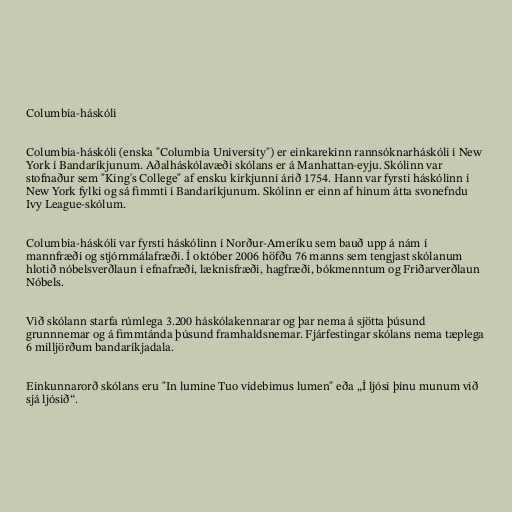
Columbia-háskóli

Columbia-háskóli (enska "Columbia University") er einkarekinn rannsóknarháskóli í New
York í Bandaríkjunum. Aðalháskólavæði skólans er á Manhattan-eyju. Skólinn var
stofnaður sem "King's College" af ensku kirkjunni árið 1754. Hann var fyrsti háskólinn í
New York fylki og sá fimmti í Bandaríkjunum. Skólinn er einn af hinum átta svonefndu
Ivy League-skólum.

Columbia-háskóli var fyrsti háskólinn í Norður-Ameríku sem bauð upp á nám í
mannfræði og stjórnmálafræði. Í október 2006 höfðu 76 manns sem tengjast skólanum
hlotið nóbelsverðlaun í efnafræði, læknisfræði, hagfræði, bókmenntum og Friðarverðlaun
Nóbels.

Við skólann starfa rúmlega 3.200 háskólakennarar og þar nema á sjötta þúsund
grunnnemar og á fimmtánda þúsund framhaldsnemar. Fjárfestingar skólans nema tæplega
6 milljörðum bandaríkjadala.

Einkunnarorð skólans eru "In lumine Tuo videbimus lumen" eða „Í ljósi þínu munum við
sjá ljósið“.